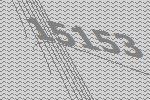
15153